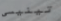
تينيسي